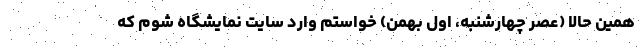
همین حالا (عصر چهارشنبه، اول بهمن) خواستم وارد سایت نمایشگاه شوم که